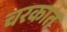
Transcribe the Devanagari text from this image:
चरकात